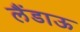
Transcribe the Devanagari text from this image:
लैंडाऊ